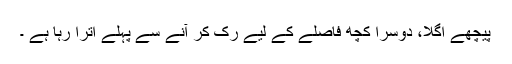
پیچھے اگلا، دوسرا کچھ فاصلے کے لیے رک کر آنے سے پہلے اترا رہا ہے ۔